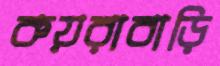
কয়রাবাড়ি